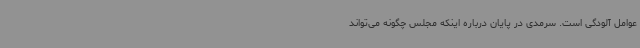
عوامل آلودگی است. سرمدی در پایان درباره اینکه مجلس چگونه می‌تواند